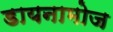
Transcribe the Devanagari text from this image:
डायनामोज